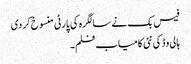
فیس بک نے سالگرہ کی پارٹی منسوخ کردی
ہالی وڈ کی نئی کامیاب فلم۔